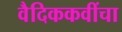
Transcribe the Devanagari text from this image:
वैदिककवींचा